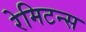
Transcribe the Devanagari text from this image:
रेमिटन्स